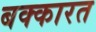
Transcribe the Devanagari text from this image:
बक्कारत